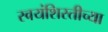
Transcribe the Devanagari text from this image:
स्वयंशिस्तीच्या